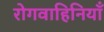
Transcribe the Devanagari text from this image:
रोगवाहिनियाँ